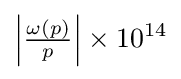
\left|{\tfrac {\omega (p)}{p}}\right|\times 10^{14}